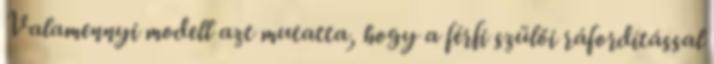
Valamennyi modell azt mutatta, hogy a férﬁ szülői ráfordítással